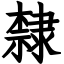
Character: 隸